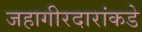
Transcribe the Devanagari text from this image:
जहागीरदारांकडे